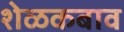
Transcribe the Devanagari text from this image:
शेळकबाव